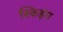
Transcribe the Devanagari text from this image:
स्किइंग